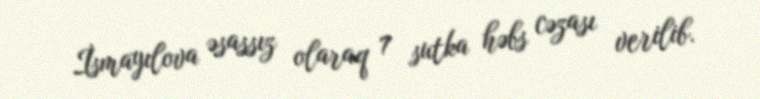
İsmayılova əsassız olaraq 7 sutka həbs cəzası verilib.